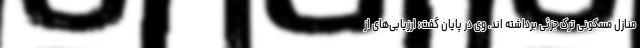
منازل مسکونی ترکِ جزئی برداشته اند. وی در پایان گفت: ارزیابی‌های از